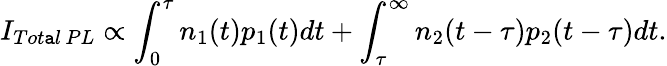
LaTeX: I_{Tot\mathtt{a}l\, PL}\propto\int_{0}^{\tau}n_{1}(t)p_{1}(t)dt+\int_{\tau}^{\infty}n_{2}(t-\tau)p_{2}(t-\tau)dt.